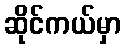
ဆိုင်ကယ်မှာ